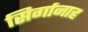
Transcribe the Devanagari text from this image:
सिर्गानाह